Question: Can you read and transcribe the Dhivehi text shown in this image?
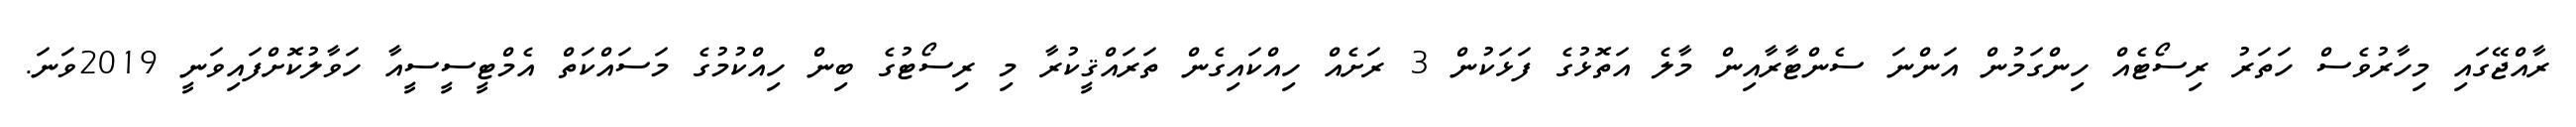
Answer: ރާއްޖޭގައި މިހާރުވެސް ހަތަރު ރިސޯޓެއް ހިންގަމުން އަންނަ ސެންޓާރާއިން މާލެ އަތޮޅުގެ ފަޅަކުން 3 ރަށެއް ހިއްކައިގެން ތަރައްޤީކުރާ މި ރިސޯޓުގެ ބިން ހިއްކުމުގެ މަސައްކަތް އެމްޓީސީސީއާ ހަވާލުކޮށްފައިވަނީ 2019ވަނަ.